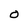
Character: 0